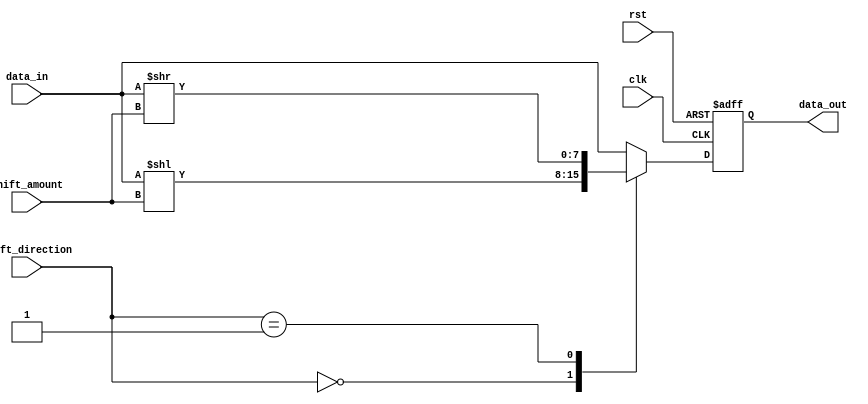
module SparseBarrelShifter (
  input wire clk,
  input wire rst,
  input wire [7:0] data_in,
  input wire [2:0] shift_direction,
  input wire [2:0] shift_amount,
  output reg [7:0] data_out
);

  reg [7:0] temp_data;

  always @(posedge clk or posedge rst) begin
    if (rst) begin
      data_out <= 8'b0;
    end else begin
      case(shift_direction)
        3'b000: temp_data = data_in << shift_amount;  // Left shift
        3'b001: temp_data = data_in >> shift_amount;  // Right shift
        default: temp_data = data_in;  // No shift
      endcase

      data_out <= temp_data;
    end
  end

endmodule